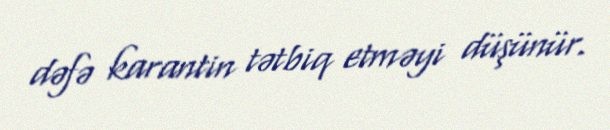
dəfə karantin tətbiq etməyi düşünür.